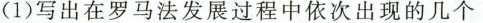
(1)写出在罗马法发展过程中依次出现的几个